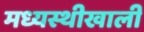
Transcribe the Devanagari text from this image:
मध्यस्थीखाली